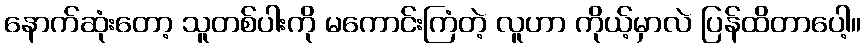
နောက်ဆုံးတော့ သူတစ်ပါးကို မကောင်းကြံတဲ့ လူဟာ ကိုယ့်မှာလဲ ပြန်ထိတာပေါ့။